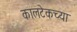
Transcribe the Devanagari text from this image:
कालटेकच्या